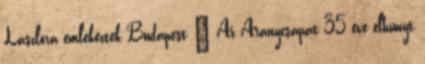
Lászlóra emlékeztek Budapest – Az Aranycsapat 35 éve elhunyt